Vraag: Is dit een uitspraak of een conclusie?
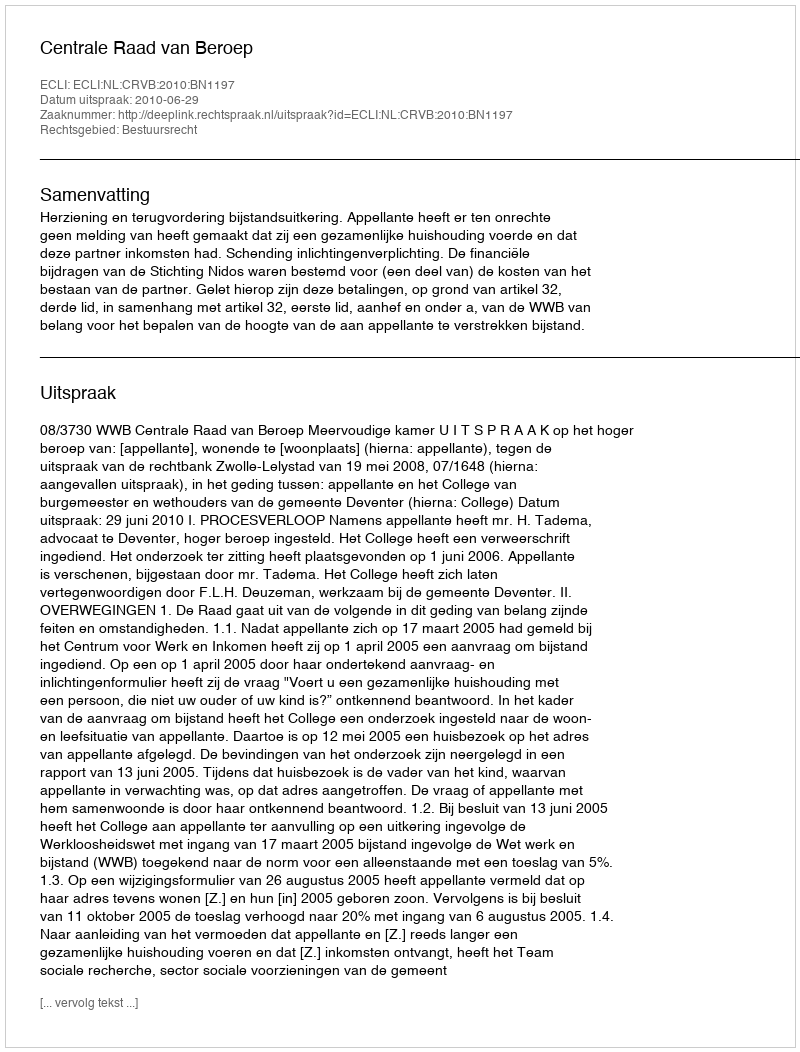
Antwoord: Uitspraak